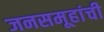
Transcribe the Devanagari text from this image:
जनसमूहांची